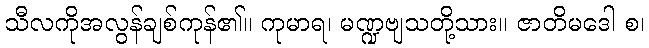
သီလကိုအလွန်ချစ်ကုန်၏။ ကုမာရ၊ မဏ္ဍဗျသတို့သား။ ဇာတိမဒေါ စ၊